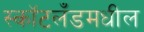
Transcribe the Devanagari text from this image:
स्कॉटलँडमधील